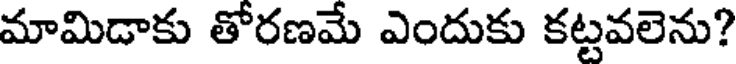
మామిడాకు తోరణమే ఎందుకు కట్టవలెను?